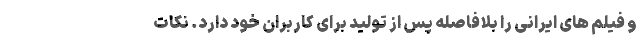
و فیلم های ایرانی را بلافاصله پس از تولید برای کاربران خود دارد. نکات